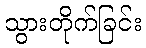
သွားတိုက်ခြင်း